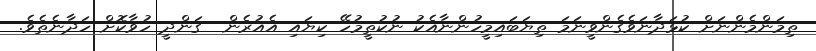
ތިމަންމެންނަށް ކުޅަދާނަވެގެންވީނަމަ ތިޔަބައިމީހުންނާއެކު ނުކުތީމުހޭ ކިޔައި އެއުރެން  ގަންދީ ހުވާކޮށް ހަދާނެތެވެ.